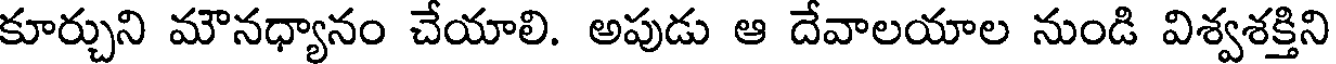
కూర్చుని మౌనధ్యానం చేయాలి. అపుడు ఆ దేవాలయాల నుండి విశ్వశక్తిని